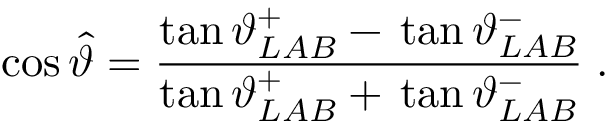
\cos \hat { \vartheta } = \frac { \tan \vartheta _ { L A B } ^ { + } - \, \tan \vartheta _ { L A B } ^ { - } } { \tan \vartheta _ { L A B } ^ { + } + \, \tan \vartheta _ { L A B } ^ { - } } \; .